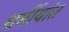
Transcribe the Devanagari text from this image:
धर्मीयांत